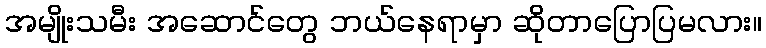
အမျိုးသမီး အဆောင်တွေ ဘယ်နေရာမှာ ဆိုတာပြောပြမလား။